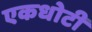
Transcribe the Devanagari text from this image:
एकधोटी